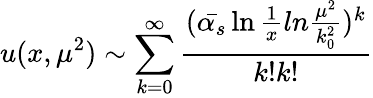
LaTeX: u(x,\mu^{2})\sim\sum_{k=0}^{\infty}\frac{(\bar{\alpha_{s}}\ln\frac{1}{x}ln\frac{\mu^{2}}{k_{0}^{2}})^{k}}{k!k!}